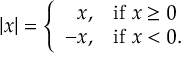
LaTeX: | x | = \left\{ { \begin{array} { r l } { x , } & { { \mathrm { i f ~ } } x \geq 0 } \\ { - x , } & { { \mathrm { i f ~ } } x < 0 . } \end{array} } \right.